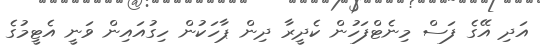
އަދި އޭގެ ފަސް މިނެޓްފަހުން ކެދީރާ ދިން ޕާހަކުން ހިގުއައިން ވަނީ އެޓީމުގެ